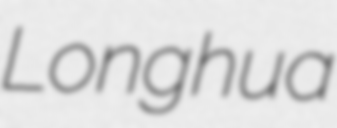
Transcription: Longhua